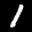
Label: 1